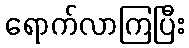
ရောက်လာကြပြီး